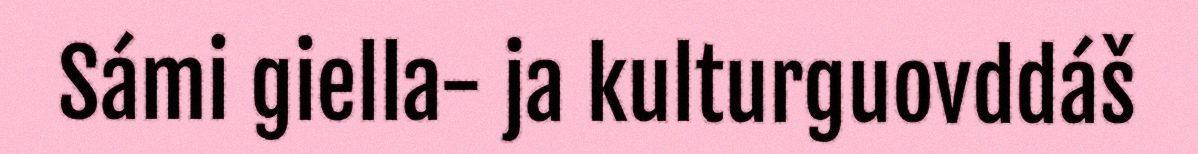
Sámi giella- ja kulturguovddáš